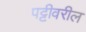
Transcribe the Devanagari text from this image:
पट्टीवरील